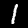
Label: 1